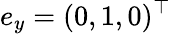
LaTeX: e_{y}=(0,1,0)^{\top}